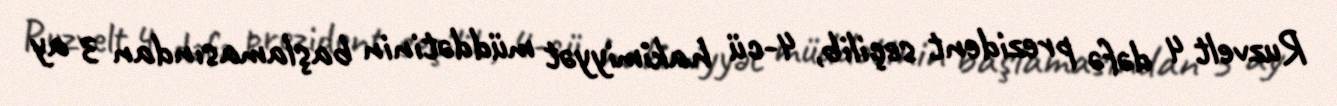
Ruzvelt 4 dəfə prezident seçilib, 4-cü hakimiyyət müddətinin başlamasından 3 ay